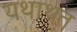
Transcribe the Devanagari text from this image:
यथाथत